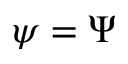
\psi = \Psi